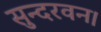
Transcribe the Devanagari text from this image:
सुन्दरवन।